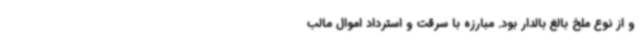
و از نوع ملخ بالغ بالدار بود. مبارزه با سرقت و استرداد اموال مالب